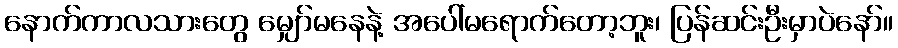
နောက်ကာလသားတွေ မျှော်မနေနဲ့ အပေါ်မရောက်တော့ဘူး၊ ပြန်ဆင်းဦးမှာပဲနော်။